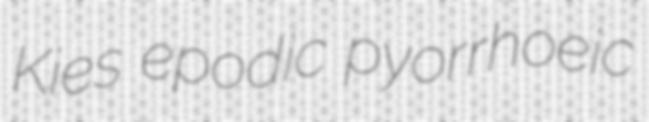
Kies epodic pyorrhoeic